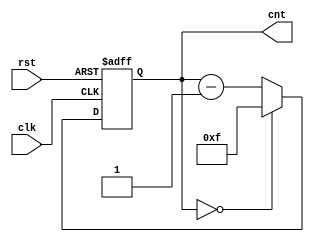
module counter(clk,cnt,rst);
input clk,rst;
output [3:0] cnt;
reg [3:0] cnt;

always @(posedge clk or negedge rst) begin
	if (~rst) begin
		cnt <= 4'b1111;
	end
	else begin
		if(cnt == 4'b0000) cnt<=4'b1111;
		else cnt <= cnt - 1;
	end
end
endmodule